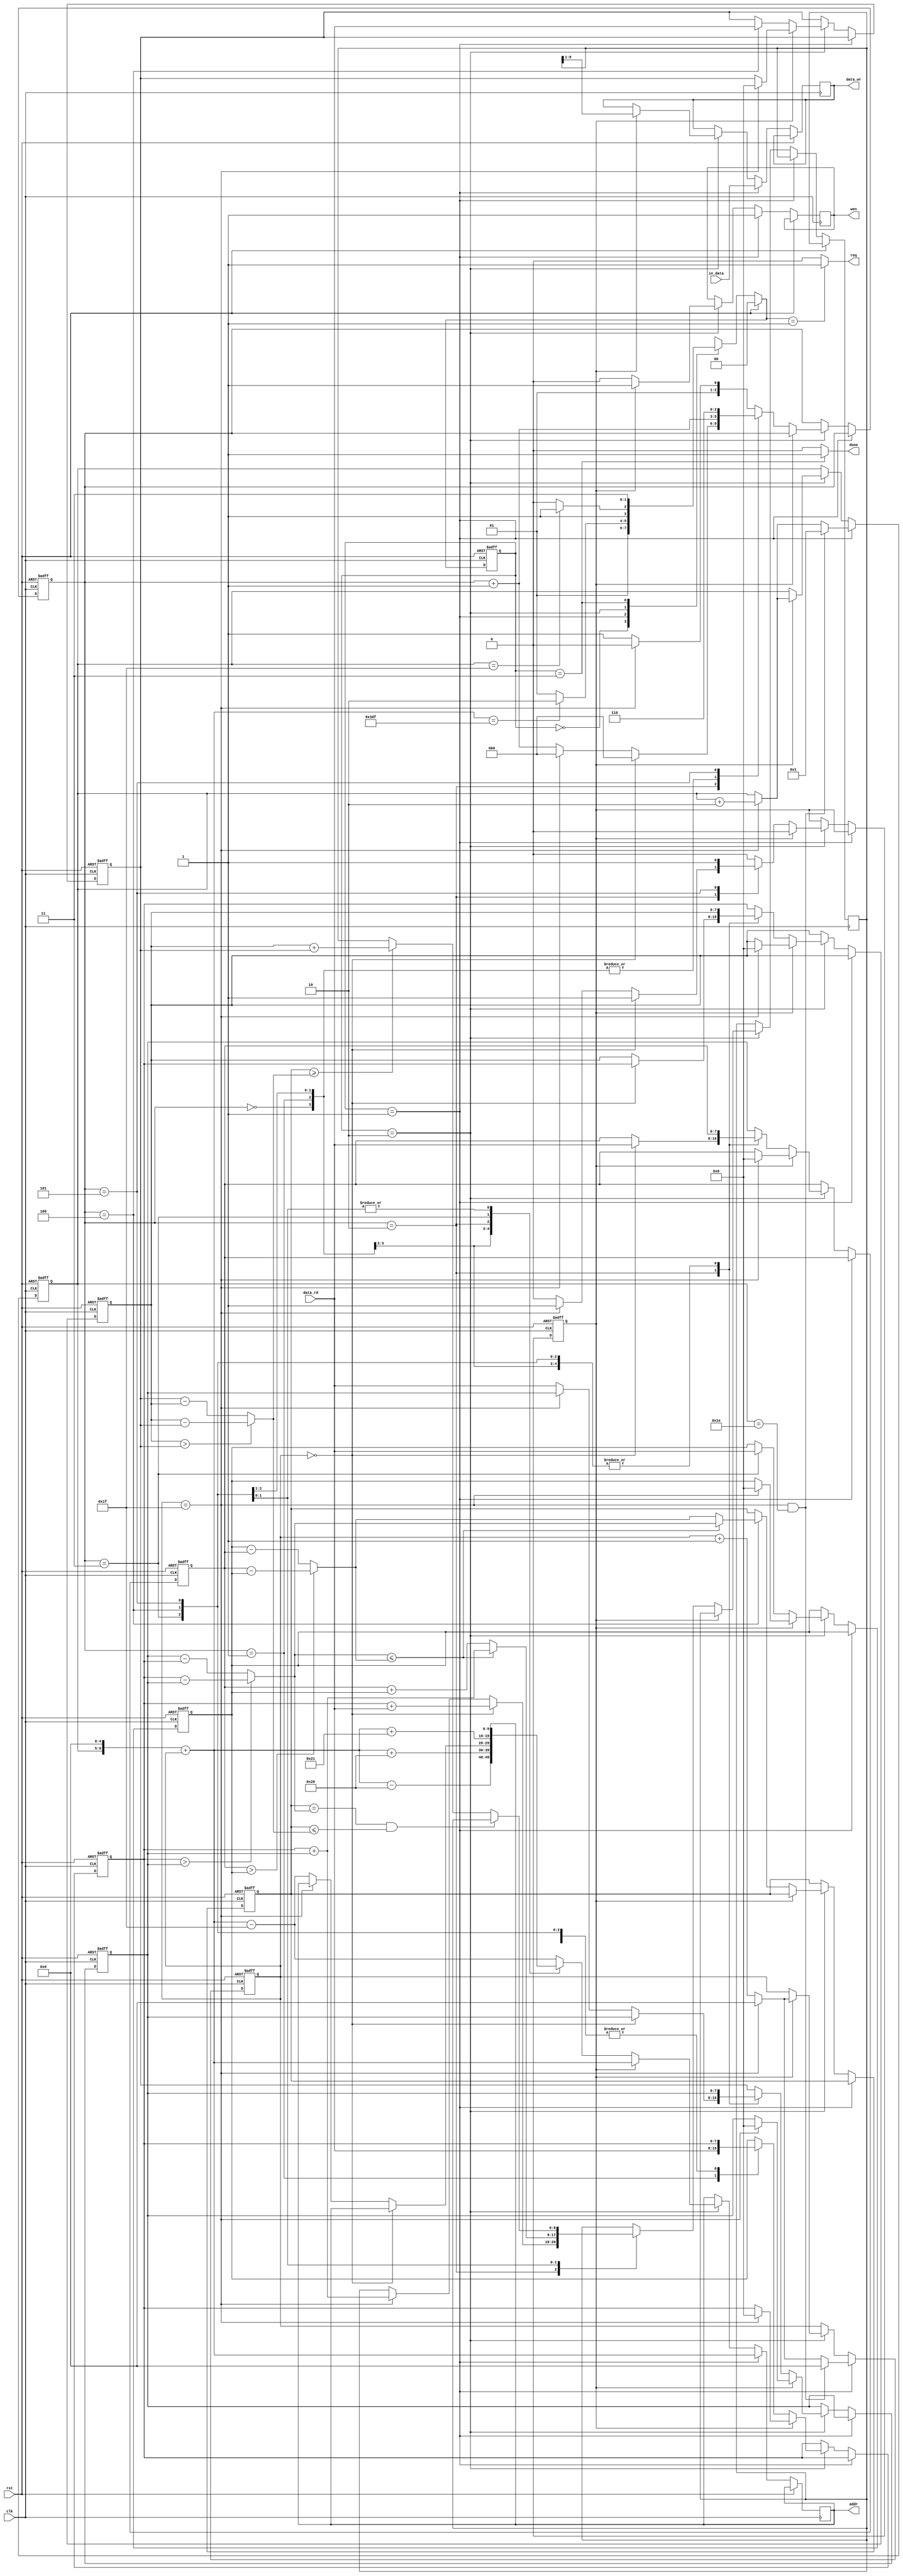
`timescale 1ns/10ps

module ELA(clk, rst, in_data, data_rd, req, wen, addr, data_wr, done);

	input				clk;
	input				rst;
	input		[7:0]	in_data;
	input		[7:0]	data_rd;
	output				req;
	output		reg		wen;
	output	reg	[9:0]	addr;
	output	reg	[7:0]	data_wr;
	output				done;

	reg [1:0]state, next_state;
	parameter IDLE = 2'b00;
	parameter READ = 2'b01;
	parameter CAL = 2'b10;
	parameter FINISH = 2'b11;

	reg [4:0]i;
	reg [4:0]j;
	reg [2:0]process;
    reg [7:0]min;
	reg ok;
	reg [7:0]data_tmp[0:5];
    reg [8:0]ans_tmp;

	wire [9:0]pos;
    wire [7:0]min1;
    wire [7:0]min2;
    wire [7:0]min3;

    assign min1 = (data_tmp[5] > data_tmp[0]) ? (data_tmp[5] - data_tmp[0]) : (data_tmp[0] - data_tmp[5]); //D1
    assign min2 = (data_tmp[3] > data_tmp[2]) ? (data_tmp[3] - data_tmp[2]) : (data_tmp[2] - data_tmp[3]); //D2
    assign min3 = (data_tmp[4] > data_tmp[1]) ? (data_tmp[4] - data_tmp[1]) : (data_tmp[1] - data_tmp[4]); //D3 

	assign pos = (j << 5) + i;
	assign req = (next_state == READ) ? 1'd1 : 1'd0;
	assign done = (state == FINISH) ? 1'd1 : 1'd0;

	always@(posedge clk or posedge rst)begin
		if(rst)
			state <= IDLE;
		else 
			state <= next_state;
	end

	always@(*)begin
		if(rst)
			next_state = IDLE;
		else begin
			case(state)
				IDLE:
					next_state = READ;
				READ:begin
					if( pos == 991 ) next_state = CAL;
					else next_state = READ;  
				end
				CAL:begin
					if( j == 31 ) next_state = FINISH;
					else next_state = CAL;
				end 
				FINISH:
					next_state = FINISH;
				default:    next_state = IDLE;
			endcase
		end 
	end

	//DATA INPUT
	always@(posedge clk or posedge rst)begin	
		if(rst)begin
			i <= 0;
			j <= 0;
			ok <= 0;
			process <= 0;
            min <= 255;
            data_tmp[5] <= 0;
            data_tmp[4] <= 0;
            data_tmp[3] <= 0;
            data_tmp[2] <= 0;
            data_tmp[1] <= 0;
            data_tmp[0] <= 0;
		end
		else begin
			if(state == READ)begin
				wen <= 1;
				addr <= pos;
				data_wr <= in_data;
				if(i == 31 && j == 30) begin
					j <= 1;
					i <= 0;
				end 
				else if(i == 31)begin
					j <= j + 5'd2;
					i <= 0;
				end
				else
					i <= i + 5'd1;
			end
			else if(state == CAL)begin
				if(ok == 1)begin
					wen <= 1;
					if(i == 31)begin
						j <= j + 5'd2;
						i <= 0;
						data_tmp[5] <= 0;
						data_tmp[4] <= 0;
						data_tmp[3] <= 0;
						data_tmp[2] <= 0;
						data_tmp[1] <= 0;
						data_tmp[0] <= 0;
					end
					else 
						i <= i + 5'd1;
					addr <= pos;
                    data_wr <= { 1'b0, ans_tmp[8:1] };
					ok <= 0;
				end
				else begin
					wen <= 0;
					case(process)
						0:begin
                            addr <= pos - 10'd32;
                            process <= process + 3'd1;
                        end
                        1:begin
                            addr <= pos + 10'd32;
                            data_tmp[3] <= data_rd;
                            process <= process + 3'd1;
                        end
                        2:begin
                            if(i == 5'd0)begin
                                data_tmp[4] <= data_rd;
                                data_tmp[5] <= data_tmp[3];
                                ans_tmp <= data_tmp[3] + data_rd;
                                ok <= 1;
                                process <= 0;
                            end
                            else if (i == 5'd31)begin
                                ans_tmp <= data_tmp[3] + data_tmp[2];
                                process <= 0;
                                ok <= 1;
                            end
                            else begin
                                addr <= pos - 10'd31;
                                data_tmp[2] <= data_rd;
                                process <= process + 3'd1;
                            end
                        end
                        3:begin
                            addr <= pos + 10'd33;
                            data_tmp[1] <= data_rd;
                            process <= process + 3'd1;
                        end
                        4:begin
                            data_tmp[0] <= data_rd;
                            min <= (min2 <= min3) ? min2 : min3;
                            ans_tmp <= (min2 <= min3) ? data_tmp[3] + data_tmp[2] : data_tmp[4] + data_tmp[1];
                            process <= process + 3'd1;
                        end
                        5:begin   
                            ans_tmp <= (min == min2 && min <= min1) ? ans_tmp : ((min >= min1) ? data_tmp[5] + data_tmp[0] : ans_tmp);
                            ok <= 1;
                            process <= 3'd6;
                        end
                        default:begin
                            data_tmp[5] <= data_tmp[3];
                            data_tmp[4] <= data_tmp[2];
                            data_tmp[3] <= data_tmp[1];
                            data_tmp[2] <= data_tmp[0];
                            addr <= pos - 10'd31;
                            process <= (i == 5'd31) ? 3'd2 : 3'd3;
                        end
					endcase
				end
			end
		end
	end

endmodule